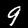
Label: 9